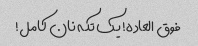
فوق العاده! یک تکه نان کامل!